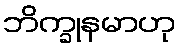
ဘိက္ခုနမာဟု